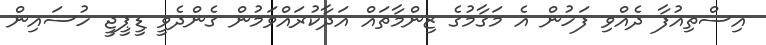
އިސްތިއުފާ ދެއްވި ފަހުން އެ މަގާމުގެ ޒިންމާތައް އަދާކުރައްވަމުން ގެންދެވީ ޑީޕީޖީ ހުސައިން